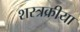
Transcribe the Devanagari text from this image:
शस्त्रक्रीया